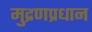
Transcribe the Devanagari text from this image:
मुद्रणप्रधान